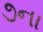
૭ના